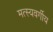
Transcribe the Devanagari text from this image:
मत्स्यवर्गीय